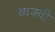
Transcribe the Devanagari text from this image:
याक्वी